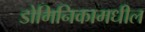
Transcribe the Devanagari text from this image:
डोमिनिकामधील